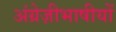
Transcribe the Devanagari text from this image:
अंग्रेज़ीभाषीयों